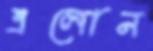
এলোন